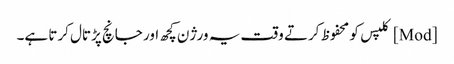
[Mod] کلپس کو محفوظ کرتے وقت یہ ورژن کچھ اور جانچ پڑتال کرتا ہے۔